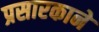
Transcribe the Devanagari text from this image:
प्रसारकाने